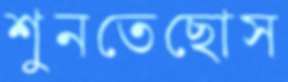
শুনতেছোস